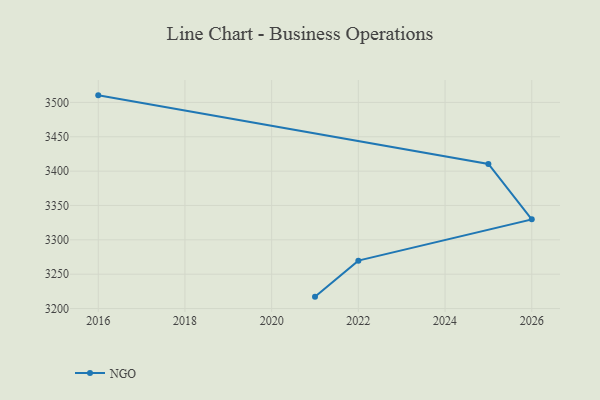
{"axis": {"x": "Year", "y": "Headcount"}, "legend": ["NGO"], "data": [{"x": "2016", "y": 3510.3, "type": "NGO"}, {"x": "2025", "y": 3410.4, "type": "NGO"}, {"x": "2026", "y": 3329.8, "type": "NGO"}, {"x": "2022", "y": 3269.7, "type": "NGO"}, {"x": "2021", "y": 3217.3, "type": "NGO"}]}